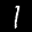
Label: 1